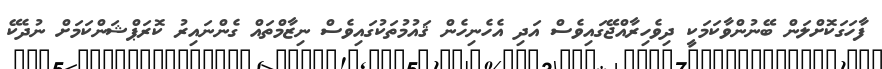
ފާހަގަކޮށްލަން ބޭނުންވާކަމަކީ ދިވެހިރާއްޖޭގައިވެސް އަދި އެހެނިހެން ޤައުމުތަކުގައިވެސް ނިޒާމްތައް ގެންނައިރު ކޮރަޕްޝަންކަމަށް ނުދެކޭ